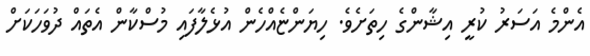
އެންމެ އަސަރު ކުރީ އިޝާންގެ ހިތަށެވެ. ހިޔަންޏެއްހެން އުޅެލާފައި މުސްކާން އެތައް ދުވަހަކަށް